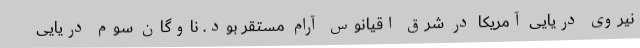
نیروی دریایی آمریکا در شرق اقیانوس آرام مستقر بود. ناوگان سوم دریایی